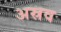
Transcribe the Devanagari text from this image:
अस्रव